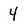
Character: 4